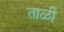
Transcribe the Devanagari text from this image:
ताळी